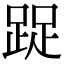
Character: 踀